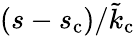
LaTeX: (s-s_{\mathrm{c}})/\tilde{k}_{\mathrm{c}}